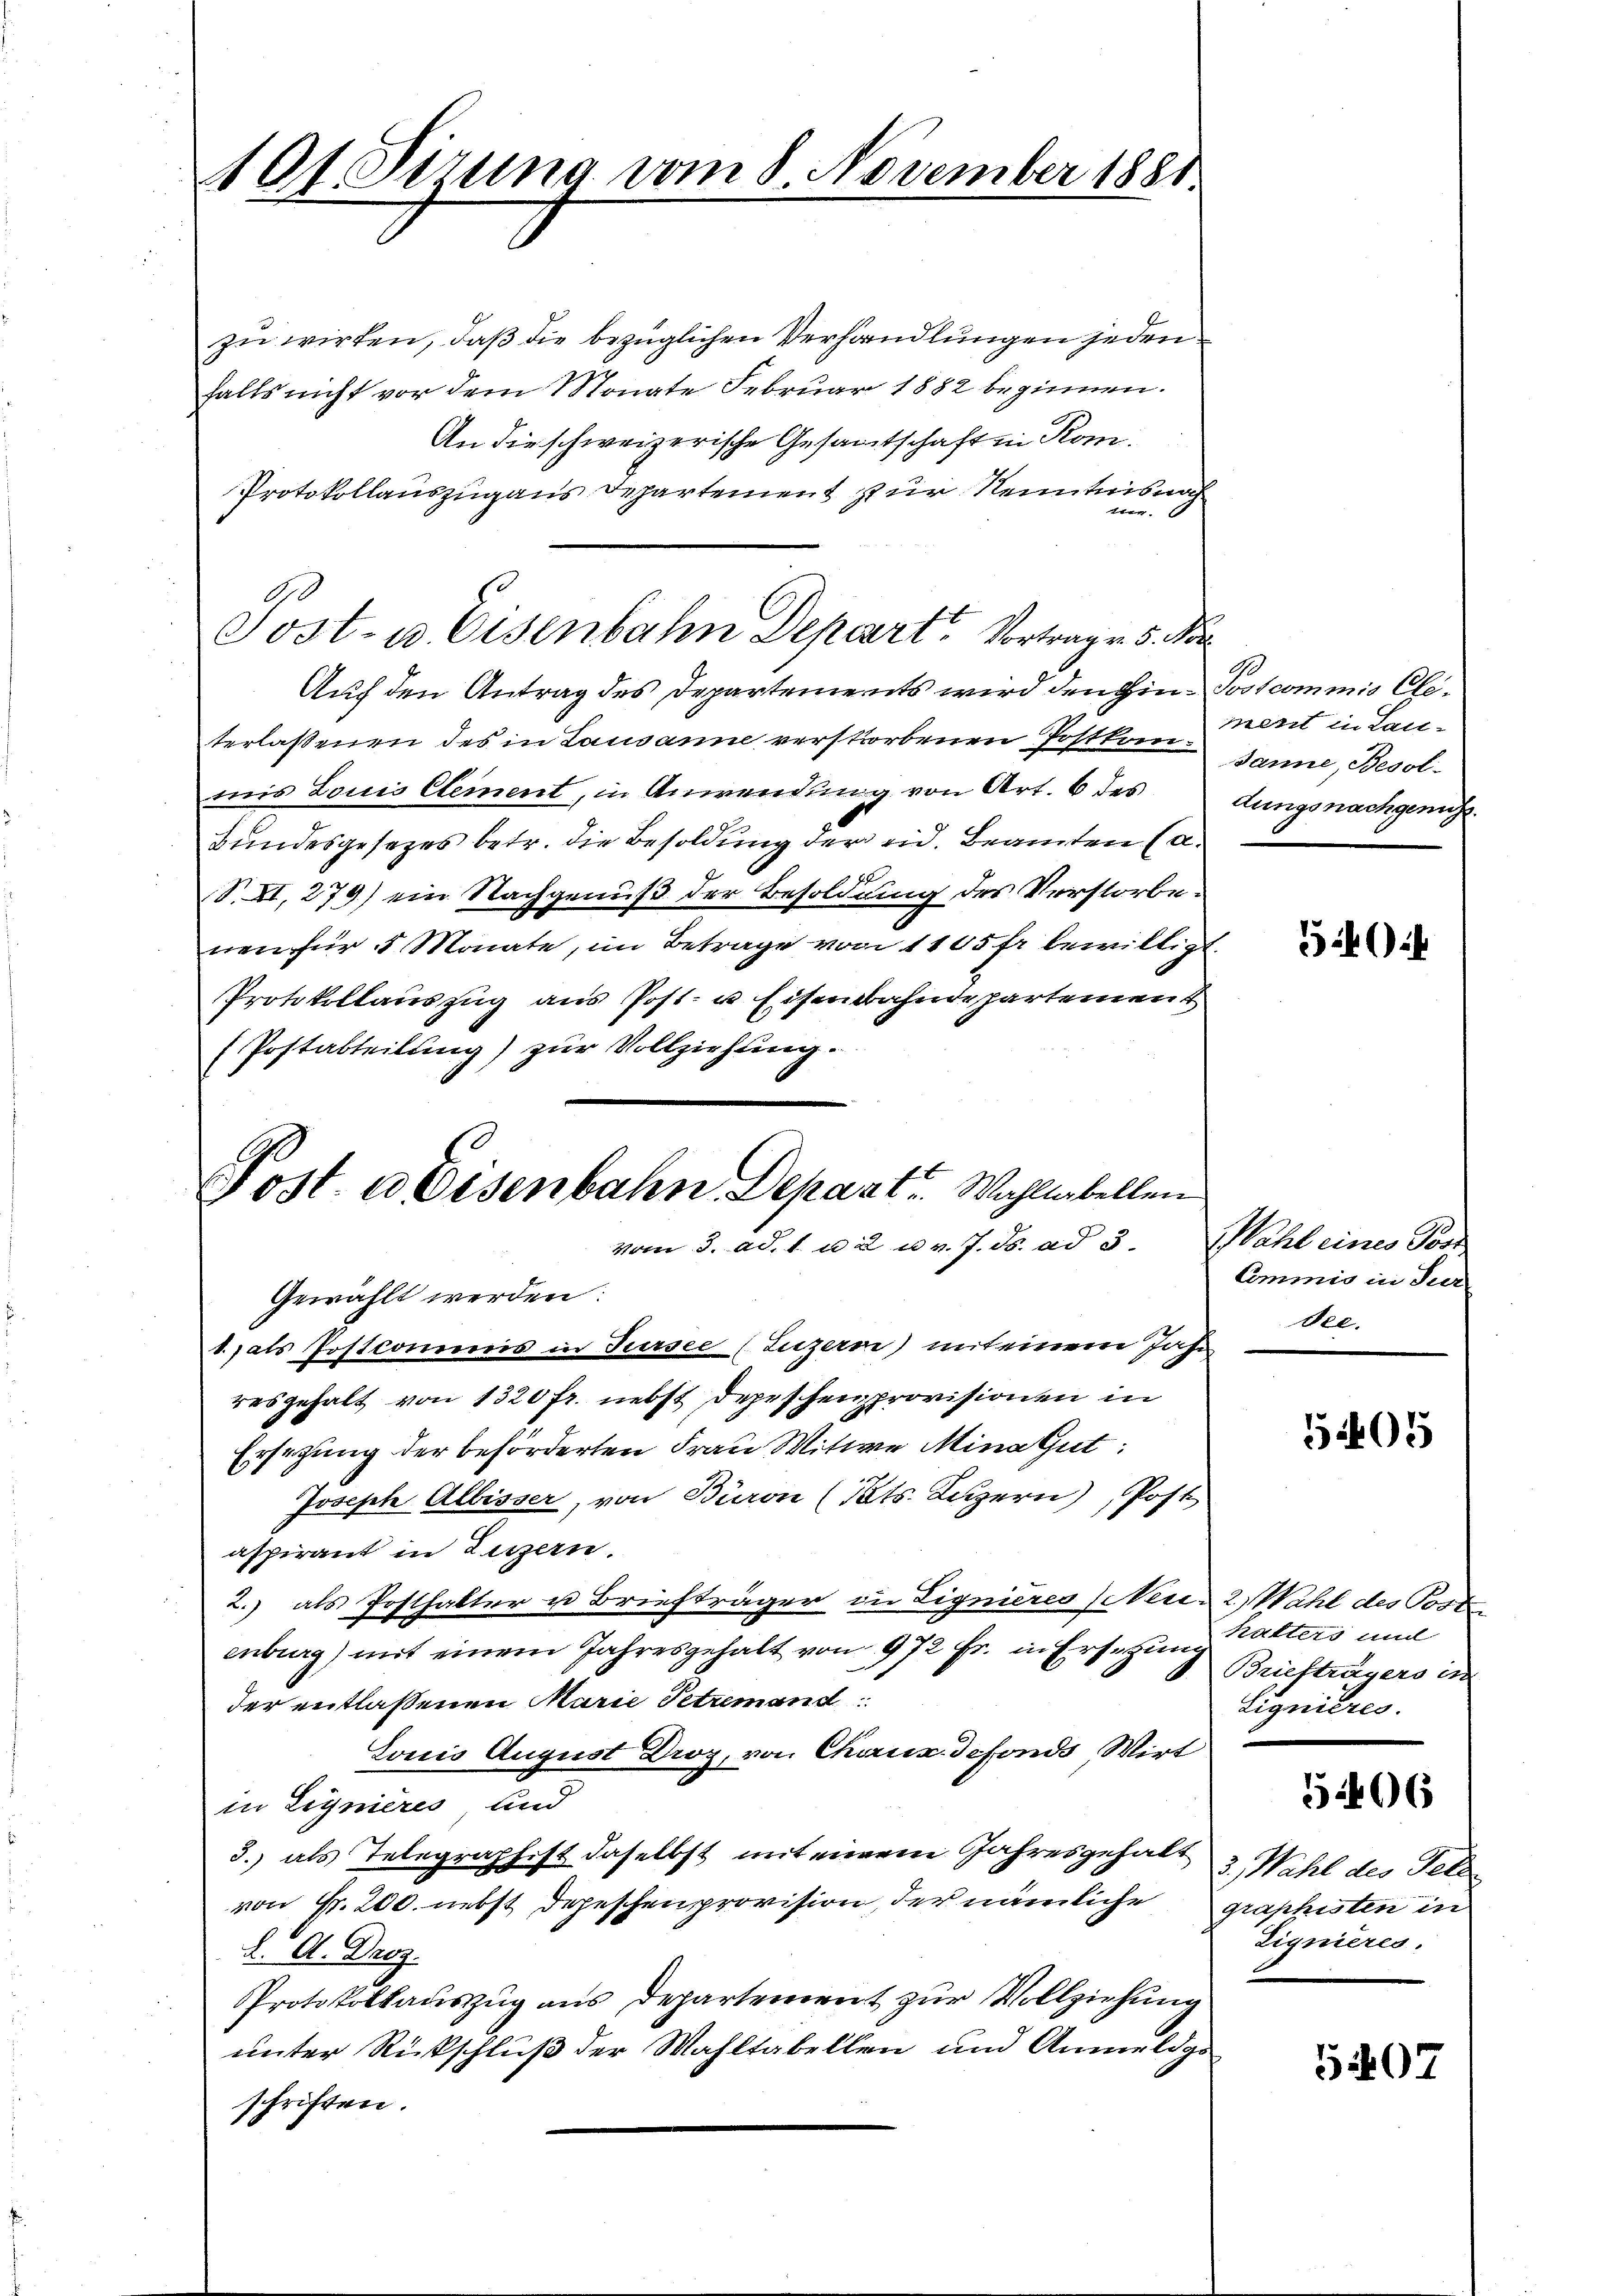
101 Sirung vom 8 November 1881.

zu wirken, daß die bezüglichen Verhandlungen jeden
falls nicht vor dem Monate Februar 1882 beginnen.
An die schweizerische Gesamtschaft in Rom.
Protokollauszug aus Departement zur Kenntnis nach

Auch den Antrag des Departements wird den Hin-Postcommis Cliterlassenen des in Lausanne verstorbenen Postkan-Janne, Besolmis Louis Element, in Anwendung von Art. 6 des dungsnachgenug
Bundesgesezes betr. die Besoldung der eid. Beamten Ca¬
S. XI, 279) ein Nachgenuß der Besoldung des Verstorbe¬
7
nen für 5 Monate, im Betrage von 1105 fr bewilligt.
Protokollauszug aus Post- u Eisenbahndepartement
(Postabteilung) zur Vollziehung.

Post- u. Eisenbahn Depart. Vortrage 5. Pa

Post. a Eisenbahn. Dehast. Wahllabellen
vom 3. ad. 1 u 2 u. v. J. ds. ad 3.

Gewählt werden:
1.,als Postcommis in Tursee (Luzern) mit einem Jahr
resgehalt von 1320 fr. nebst Depeschen provisionen in
Ersetzung der beförderten Frau Witwe Mina Gut
Joseph Albisser, von Baron (Cts. Luzern), Post
aspirant in Luzern.
2.) als Posthalter u Briefträger in Lignieres (Nei- 2.) Wahl des Post
enburg) mit einem Jahresgehalt von 972 Fr. in Ersetzung Walters und
der entlassenen Marie Petremand:
Lonis August Droz, von Chaux sefonds, Wirt
in Lignieres und
3.) als Telegraphist daselbst mit einem Jahresgehalt u. Wahl des Tele
von Fr. 200. nebst Depeschenprovision, der nämliche graphisten in
K. A. Droz.
Protokollauszug aus Departement zur Vollziehung
unter Rückschluß der Wahltabellen und Anmeldgeschriften.

A
merit in Lan-

30:

Wahl eines Post
Commis in Tur
dee.

5405

Briefträgers in
Lignieres.

5406

dignieres.

5407